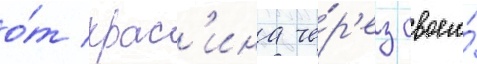
о́т крас'ина че́р'ез своего́